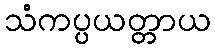
သံကပ္ပယတ္တာယ